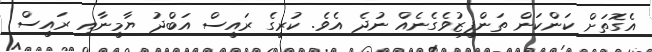
އެގޮތަށް ކަންކަން ތަންފީޒުވެގެނެއް ނުދެ އެވެ. ކުރީގެ ރައީސް އަބްދު ޔާމީނާއި ރައީސް